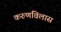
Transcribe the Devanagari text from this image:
करुणविलास